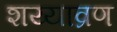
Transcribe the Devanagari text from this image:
शय्याव्रण